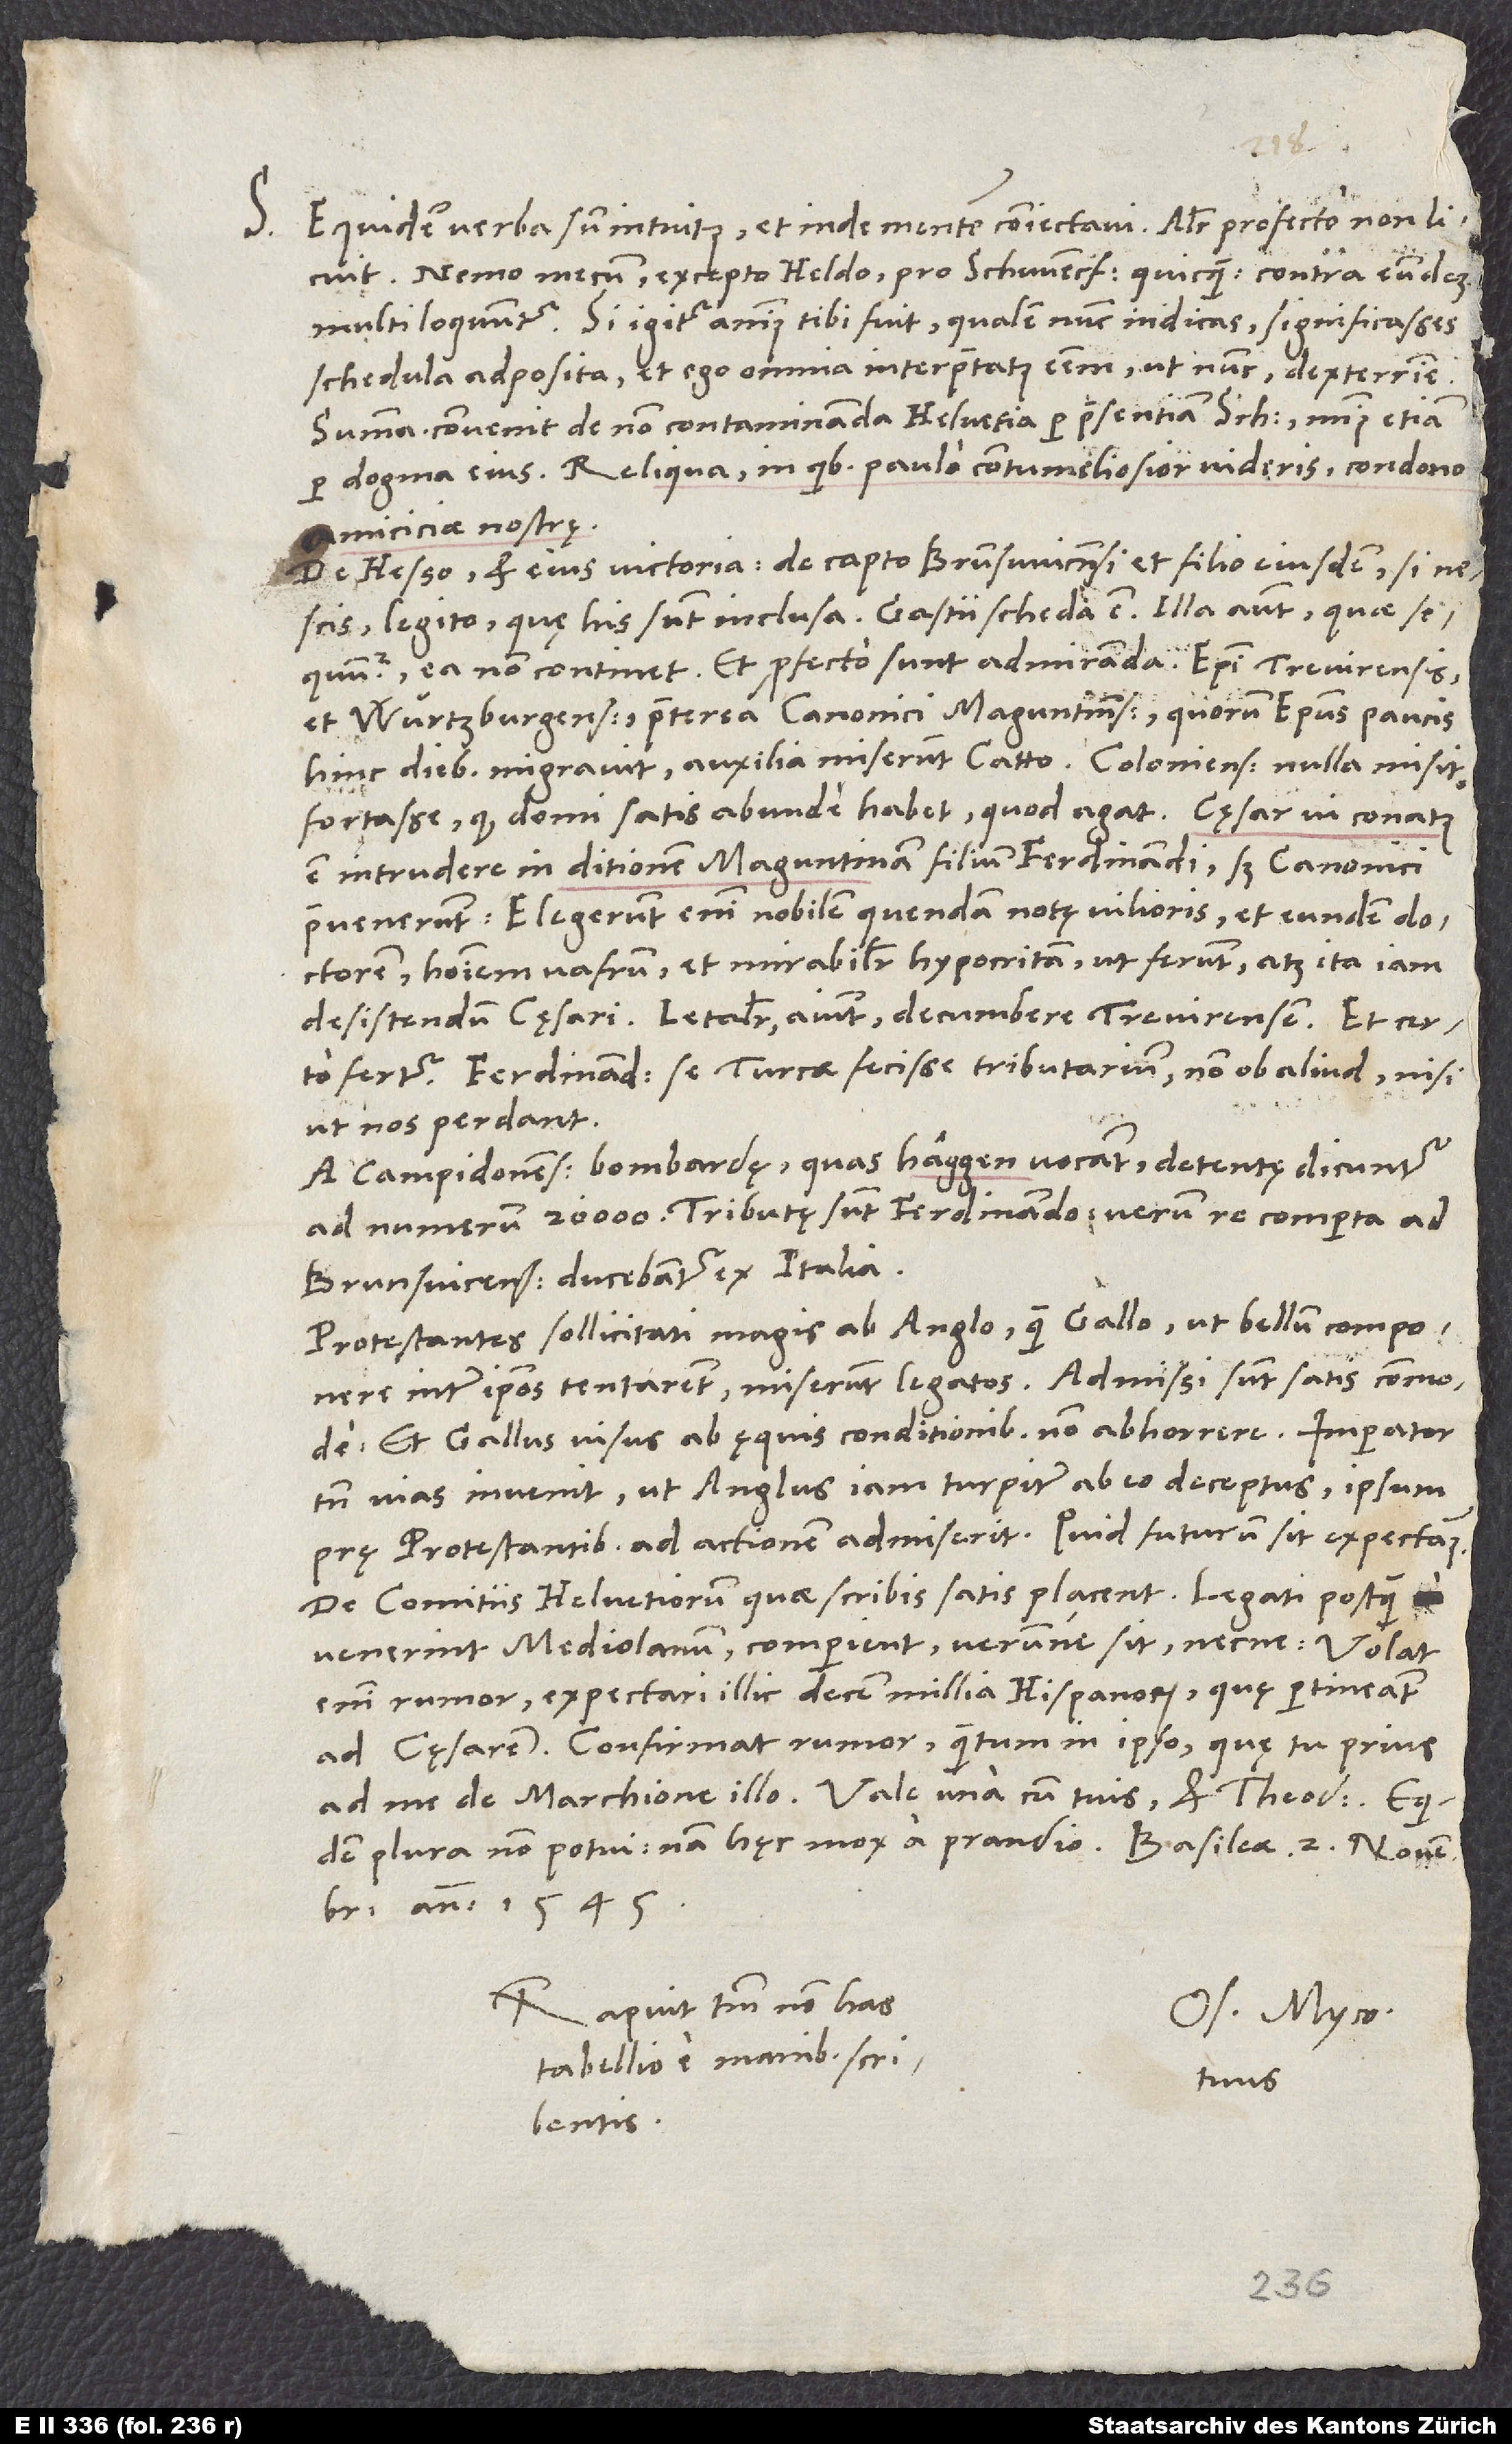
S. Equidem verba sum intuitus et inde mentem coniectavi! Aliter profecto non licuit.
multi loquuntur. Si igitur animus tibi fuit, qualem nunc indicas, significasses
schedula adposita, et ego omnia interpretatus essem, ut nunc, dexterrime.
Summa: Convenit de non contaminanda Helvetia per praesentiam Schwencfeldii, minus etiam
per dogma eius. Reliqua, in quibus paulo contumeliosior videris, condono
amiciciae nostrę.
De Hesso et eius victoria, de capto Brunswicensi et filio eiusdem si
nescis, legito, quę his sunt inclusa; Gastii scheda est. Illa autem, quae sequuntur,
ea non continet, et profecto sunt admiranda: Episcopi Trevirensis
et Würtzburgensis, praeterea canonici Maguntinenses, quorum episcopus paucis
hinc diebus migravit, auxilia miserunt Catto. Coloniensis nulla misit!
est intrudere in ditionem Maguntinam filium Ferdinandi, sed canonici
praevenerunt. Elegerunt enim nobilem quendam notę vilioris, et eundem doctorem
hominem vafrum et mirabiliter hypocritam, ut ferunt, atque ita iam
desistendum cęsari. Letaliter aiunt decumbere Trevirensem, et certo
fertur Ferdinandus se Turcae fecisse tributarium, non ob aliud, nisi
ut nos perdant.
A Campidonensibus bombardę, quas haggen vocant, detentę dicuntur
ad numerum 20’000. Tributę sunt Ferdinando. Verum re comperta ad
Brunsvicensem ducebantur ex Italia.
Protestantes, sollicitati magis ab Anglo quam Gallo, ut bellum componere
inter ipsos tentarent, miserunt legatos. Admissi sunt satis commode,
et Gallus visus ab ęquis conditionibus non abhorrere. Imperator
tamen vias invenit, ut Anglus, iam turpiter ab eo deceptus, ipsum
prę protestantibus ad actionem admiserit. Quid futurum sit, expectamus.
De comitiis Helvetiorum quae scribis, satis placent. Legati, postquam
venerint Mediolanum, comperient, verumne sit necne. Volat
enim rumor expectari illic decem millia Hispanorum, quę pertineant
ad cęsarem. Confirmat rumor, quantum in ipso, quę tu prius
ad me de marchione illo. Vale una cum tuis et Theodoro. Equidem
anno 1545.
Rapuit tantum non has
Os. Myco.
tabellio e manibus scribentis.
tuus.